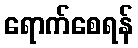
ရောက်စေရန်